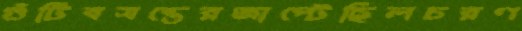
গুঁটিবসন্তেরজাপ্‌টেছিলচরণ